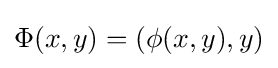
\Phi (x,y)=(\phi (x,y),y)